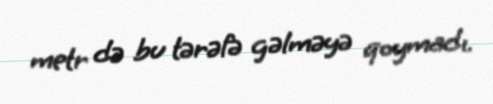
metr də bu tərəfə gəlməyə qoymadı.